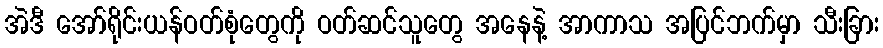
အဲဒီ အော်ရိုင်းယန်ဝတ်စုံတွေကို ဝတ်ဆင်သူတွေ အနေနဲ့ အာကာသ အပြင်ဘက်မှာ သီးခြား